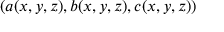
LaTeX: ( a ( x , y , z ) , b ( x , y , z ) , c ( x , y , z ) )